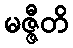
မဇ္ဇီတိ